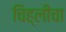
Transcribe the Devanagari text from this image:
चिह्लीचा